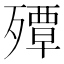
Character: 𭮠